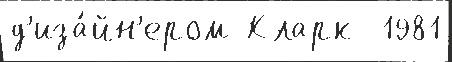
д'иза́йн'ером Кларк  1981